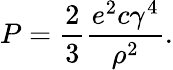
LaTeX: P=\frac{2}{3}\frac{e^{2}c\gamma^{4}}{\rho^{2}}.